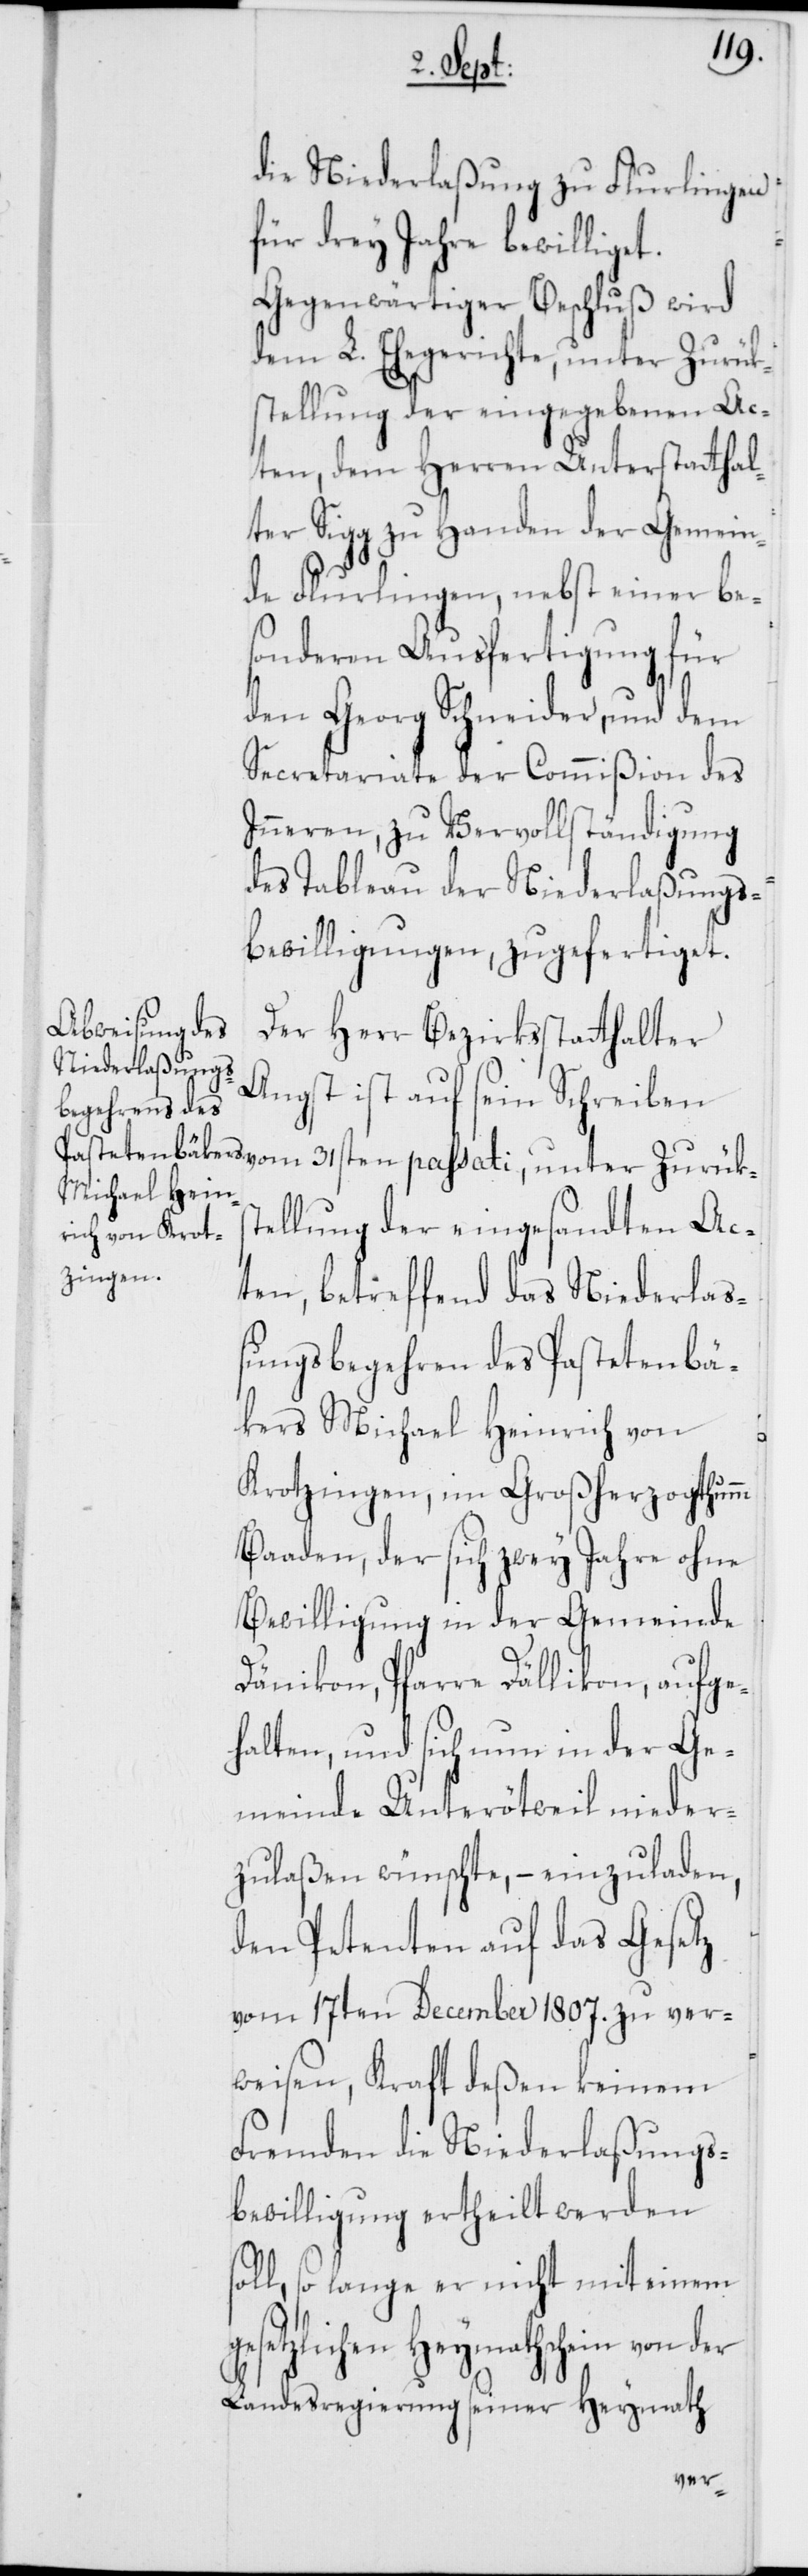
Zurükst¬
die Niederlaßung zu Flurlingen
für drey Jahre bewilliget.
Gegenwärtiger Beschluß wird
dem L. Ehegerichte, unter Zurük¬
stellung der eingegebenen Ac¬
ten, dem Herren Unterstatthal¬
ter Sigg zu Handen der Gemein¬
de Flurlingen, nebst einer be¬
sonderen Ausfertigung für
den Georg Schneider, und dem
Secretariate der Commißion des
Inneren, zu Vervollständigung
des Tableau der Niederlaßungs¬
bewilligungen, zugefertiget.
Der Herr Bezirksstatthalter
Angst ist auf sein Schreiben
ellung der eingesandten Ac¬
ten, betreffend das Niederlaß¬
ungsbegehren des Pastetenbä¬
kers Michael Heinrich von
Krotzingen, im Großherzogthumm
Baaden, der sich zwey Jahre ohne
Bewilligung in der Gemeinde
Dänikon, Pfarre Dällikon, aufge¬
halten und sich nun in der Ge¬
meinde Unterötweil nieder¬
zulaßen wünschte, – einzuladen,
den Petenten auf das Gesetz
vom 17ten December 1807. zu ver¬
weisen, Kraft deßen keinem
Fremden die Niederlaßungs¬
bewilligung ertheilt werden
soll, so lange er nicht mit einem
esetzlichen Heymathschein von der
Landesregierung seiner Heymath

g¬